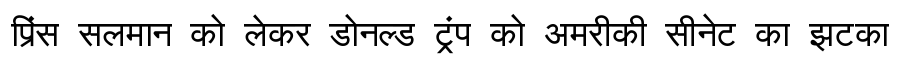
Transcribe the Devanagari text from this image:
प्रिंस सलमान को लेकर डोनल्ड ट्रंप को अमरीकी सीनेट का झटका